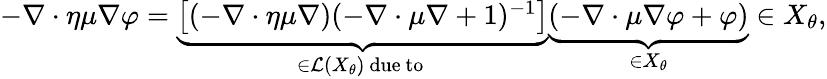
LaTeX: \begin{array}{r}{-\nabla\cdot\eta\mu\nabla\varphi=\underbrace{\left[(-\nabla\cdot\eta\mu\nabla)(-\nabla\cdot\mu\nabla+1)^{-1}\right]}_{\in\mathcal{L}(X_{\theta})\mathrm{~due~to~}}\underbrace{(-\nabla\cdot\mu\nabla\varphi+\varphi)}_{\in X_{\theta}}\in X_{\theta},}\end{array}